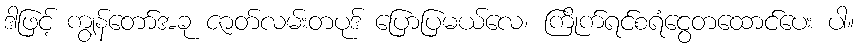
ဒါဖြင့် ကျွန်တော်အခု ဇာတ်လမ်းတပုဒ် ပြောပြမယ်လေ၊ ကြိုက်ရင်စရံငွေတထောင်ပေး ပါ။